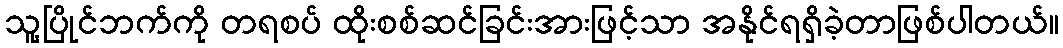
သူ့ပြိုင်ဘက်ကို တရစပ် ထိုးစစ်ဆင်ခြင်းအားဖြင့်သာ အနိုင်ရရှိခဲ့တာဖြစ်ပါတယ်။